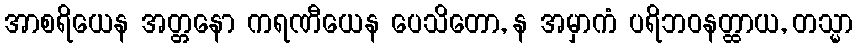
အာစရိယေန အတ္တနော ကရဏီယေန ပေသိတော, န အမှာကံ ပရိဘဝနတ္ထာယ, တသ္မာ